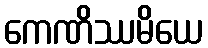
ကေဏိဿမိယေ